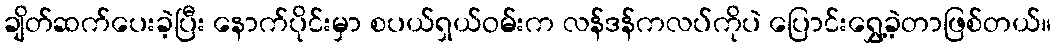
ချိတ်ဆက်ပေးခဲ့ပြီး နောက်ပိုင်းမှာ စပယ်ရှယ်ဝမ်းက လန်ဒန်ကလပ်ကိုပဲ ပြောင်းရွှေ့ခဲ့တာဖြစ်တယ်။